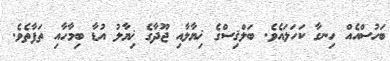
ބަހުސްއެއް ހިނގާ ކަހަލައެވެ. ބަލްޤިސްގެ ޚިޔާލާއި ޖޫދާގެ ޚިޔާލު އުޑާ ބިމާހާއި ތަފާތެވެ.